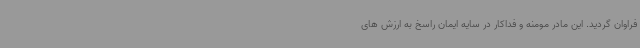
فراوان گردید. این مادر مومنه و فداکار در سایه ایمان راسخ به ارزش های